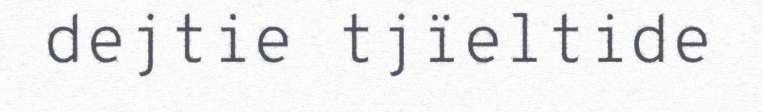
dejtie tjïeltide